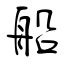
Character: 船